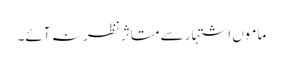
ماموں اشتہار سے متاثر نظر نہ آئے۔